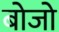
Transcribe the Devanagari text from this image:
बोजो